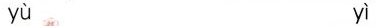
yù yì